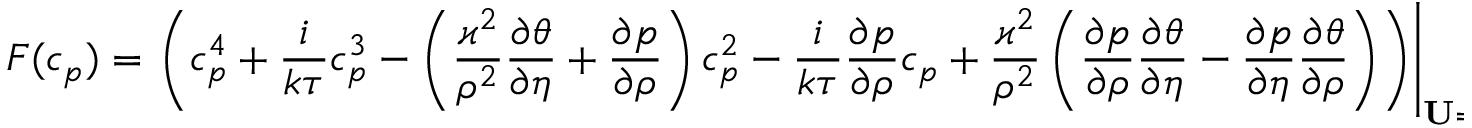
F ( c _ { p } ) = \left. \left( c _ { p } ^ { 4 } + \frac { i } { k \tau } c _ { p } ^ { 3 } - \left( \frac { \varkappa ^ { 2 } } { \rho ^ { 2 } } \frac { \partial \theta } { \partial \eta } + \frac { \partial p } { \partial \rho } \right) c _ { p } ^ { 2 } - \frac { i } { k \tau } \frac { \partial p } { \partial \rho } c _ { p } + \frac { \varkappa ^ { 2 } } { \rho ^ { 2 } } \left( \frac { \partial p } { \partial \rho } \frac { \partial \theta } { \partial \eta } - \frac { \partial p } { \partial \eta } \frac { \partial \theta } { \partial \rho } \right) \right) \right\vert _ { \mathbf { U } = \mathbf { U } _ { 0 } } ,